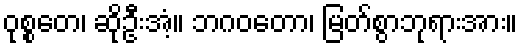
ဝုစ္စတေ၊ ဆိုဦးအံ့။ ဘဂဝတော၊ မြတ်စွာဘုရားအား။